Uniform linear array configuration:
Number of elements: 8
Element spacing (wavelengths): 0.5
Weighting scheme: hann
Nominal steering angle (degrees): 15
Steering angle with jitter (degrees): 13.093
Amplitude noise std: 0.05
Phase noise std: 0.05

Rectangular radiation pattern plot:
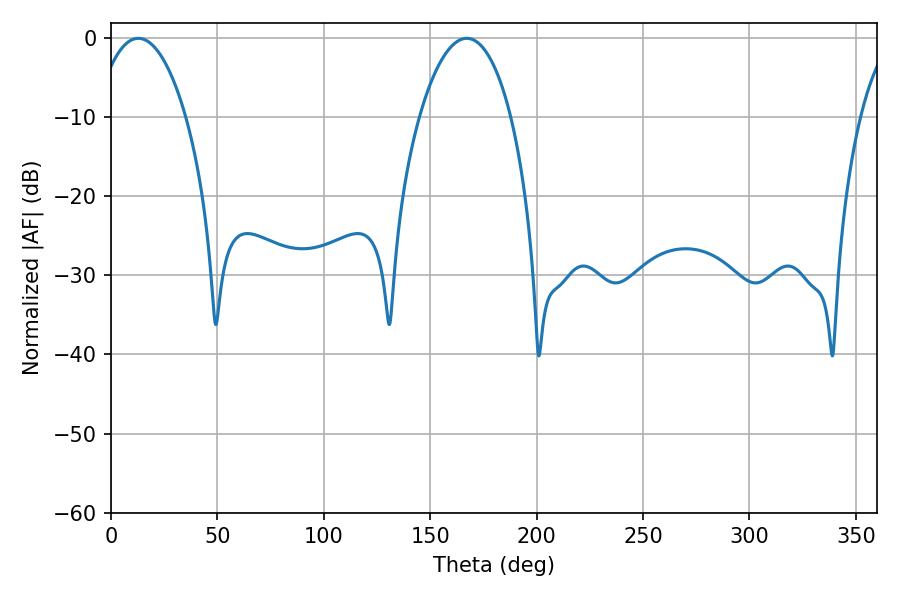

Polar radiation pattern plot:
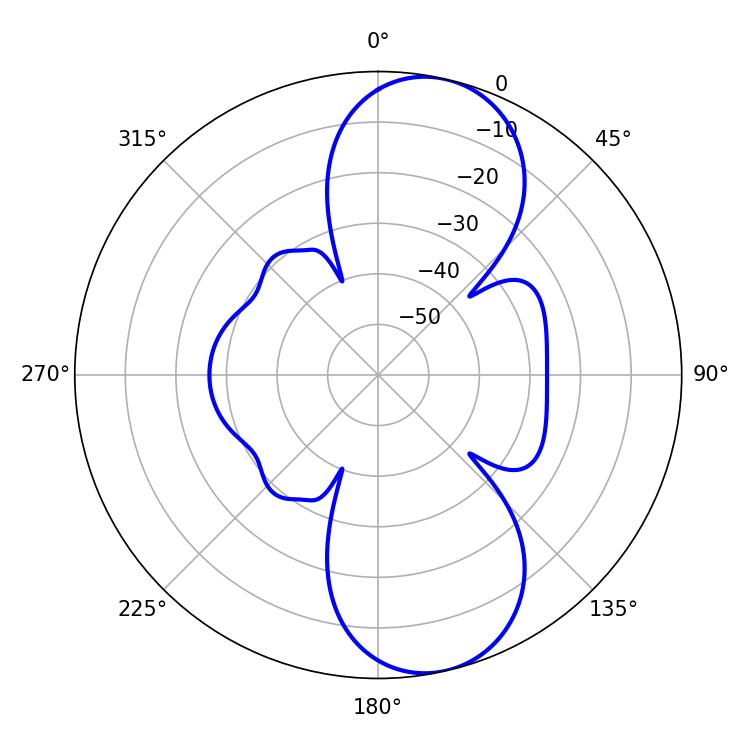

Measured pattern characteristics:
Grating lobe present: FALSE
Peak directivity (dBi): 9.938
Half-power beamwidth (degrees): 24.12
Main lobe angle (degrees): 12.78